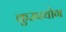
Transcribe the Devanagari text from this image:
कुउपयोग